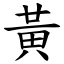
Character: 黃